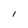
Character: 1